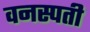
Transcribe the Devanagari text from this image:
वनस्‍पती